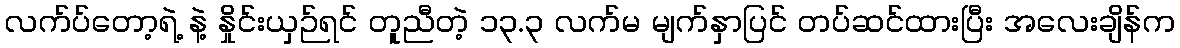
လက်ပ်တော့ရဲ့ နဲ့ နှိုင်းယှဉ်ရင် တူညီတဲ့ ၁၃.၃ လက်မ မျက်နှာပြင် တပ်ဆင်ထားပြီး အလေးချိန်က